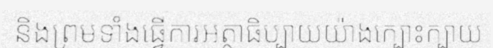
និងព្រមទាំងធ្វើការអត្ថាធិប្បាយយ៉ាងក្បោះក្បាយ